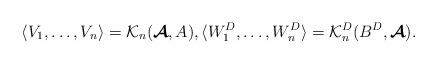
LaTeX: \begin{align*}\langle V_1,\dots, V_n \rangle = \mathcal{K}_{n}(\boldsymbol{\mathcal{A}},A), \langle W_1^D,\dots, W_n^D \rangle = \mathcal{K}_n^{D}(B^D, \boldsymbol{\mathcal{A}}).\end{align*}